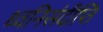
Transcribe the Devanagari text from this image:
ध्वनिसंदीप्ति